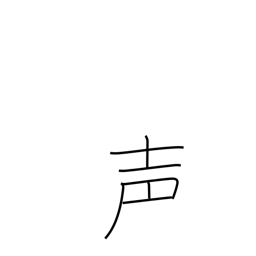
Meaning: voice